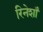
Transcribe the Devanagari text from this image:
रिनेशाँ